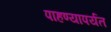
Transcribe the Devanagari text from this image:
पाहण्यापर्यंत